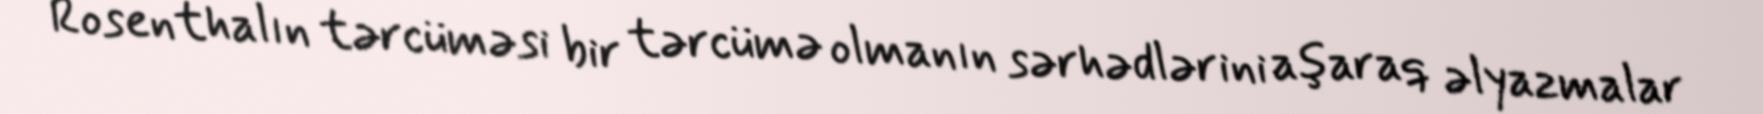
Rosenthalın tərcüməsi bir tərcümə olmanın sərhədlərini aşaraq əlyazmalar